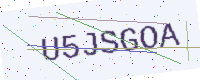
Text: U5JSGOA